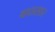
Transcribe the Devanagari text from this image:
वातसार